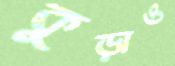
কুড়াও